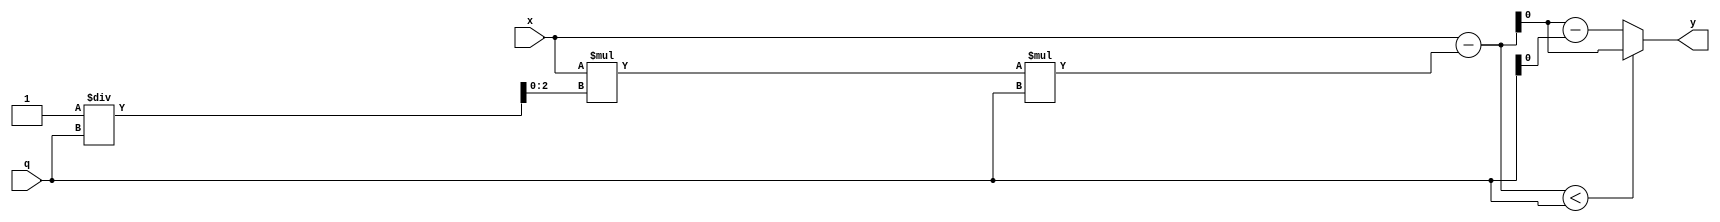
`timescale 1ns / 1ps

/** @module : barret_reduction
 *  @author : Secure Trusted and Assured Microelectronics (STAM) Center

 *  Copyright (c) 2023 PQC.Secure (STAM/SCAI/ASU)
 *  Permission is hereby granted, free of charge, to any person obtaining a copy
 *  of this software and associated documentation files (the "Software"), to deal
 *  in the Software without restriction, including without limitation the rights
 *  to use, copy, modify, merge, publish, distribute, sublicense, and/or sell
 *  copies of the Software, and to permit persons to whom the Software is
 *  furnished to do so, subject to the following conditions:
 *  The above copyright notice and this permission notice shall be included in
 *  all copies or substantial portions of the Software.
 *
 *  THE SOFTWARE IS PROVIDED "AS IS", WITHOUT WARRANTY OF ANY KIND, EXPRESS OR
 *  IMPLIED, INCLUDING BUT NOT LIMITED TO THE WARRANTIES OF MERCHANTABILITY,
 *  FITNESS FOR A PARTICULAR PURPOSE AND NONINFRINGEMENT. IN NO EVENT SHALL THE
 *  AUTHORS OR COPYRIGHT HOLDERS BE LIABLE FOR ANY CLAIM, DAMAGES OR OTHER
 *  LIABILITY, WHETHER IN AN ACTION OF CONTRACT, TORT OR OTHERWISE, ARISING FROM,
 *  OUT OF OR IN CONNECTION WITH THE SOFTWARE OR THE USE OR OTHER DEALINGS IN
 *  THE SOFTWARE.
 *
 *
 */

module barret_reduction(x, q, y);

parameter swidth = 0; 

input [swidth-1:0] q;

//k = ceil(log_2(q));
parameter k = swidth;
//mul factor
parameter [k:0] mul = 2 * k;
//r = floor((2^2*5)/q);
//2^2k will be k+1 bits
wire [k+2:0] r;

assign r = (2 ** mul)/q;

//x max can be 2k bits(assuming it to be a result after multiplying two k-bit numbers)
input [2*k-2:0] x; //have to be careful with this bit-width
//output should be less than q and hence should be less than k-bits
output [k:0] y;

//t should be k+1 bits
wire [k+2:0] t;

wire [9:0] x_temp;

assign x_temp = x * r;

assign t = x - ((x_temp) >> mul) * q;

assign y = t < q ? t : t - q;

endmodule